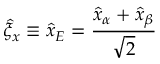
\hat { \xi } _ { x } \equiv \hat { x } _ { E } = \frac { \hat { x } _ { \alpha } + \hat { x } _ { \beta } } { \sqrt { 2 } }